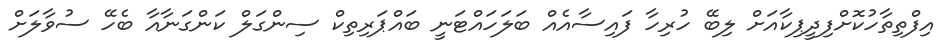
އިފްތިތާހުކޮށްފިދީޕިކާއަށް ލިބޭ ހުރިހާ ފައިސާއެއް ބަލަހައްޓަނީ ބައްޕަރިތިކް ސިންގަލް ކަންގަނާއާ ބެހޭ ސުވާލަށް